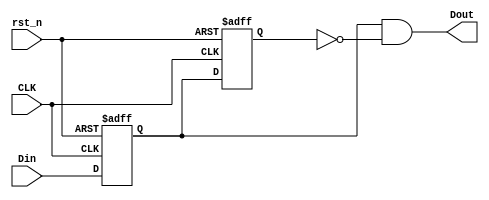
module trigger(CLK,
               Din,
               rst_n,
               Dout);
    
    
    input wire	CLK;
    input wire	Din;
    input wire	rst_n;
    output wire	Dout;
    
    reg	SYNTHESIZED_WIRE_1;
    wire	SYNTHESIZED_WIRE_0;
    reg	DFF_inst3;
    
    
    assign	Dout = SYNTHESIZED_WIRE_1 & SYNTHESIZED_WIRE_0;
    
    
    always@(posedge CLK or negedge rst_n)
    begin
        if (!rst_n)
        begin
            SYNTHESIZED_WIRE_1 <= 0;
        end
        else
        begin
            SYNTHESIZED_WIRE_1 <= Din;
        end
    end
    
    
    always@(posedge CLK or negedge rst_n)
    begin
        if (!rst_n)
        begin
            DFF_inst3 <= 0;
        end
        else
        begin
            DFF_inst3 <= SYNTHESIZED_WIRE_1;
        end
    end
    
    assign SYNTHESIZED_WIRE_0 = ~DFF_inst3;
    
    
endmodule